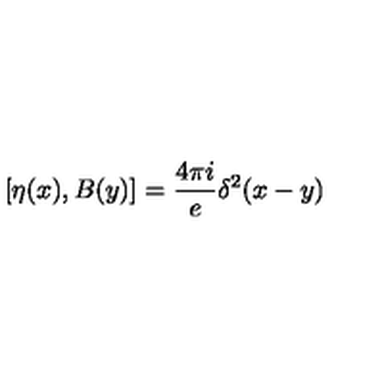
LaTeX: [ \eta ( x ) , B ( y ) ] = \frac { 4 \pi i } { e } \delta ^ { 2 } ( x - y )